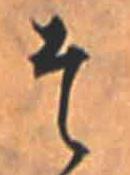
そ